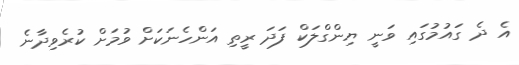
އެ ދެ ގައުމުގައި ވަނީ ޔިންގްލަކް ފަދަ ރީތި އަންހެނަކަށް ވުމަށް ކުރެވިދާނެ